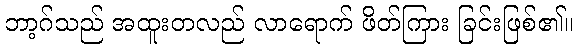
ဘာ့ဂ်သည် အထူးတလည် လာရောက် ဖိတ်ကြား ခြင်းဖြစ်၏။